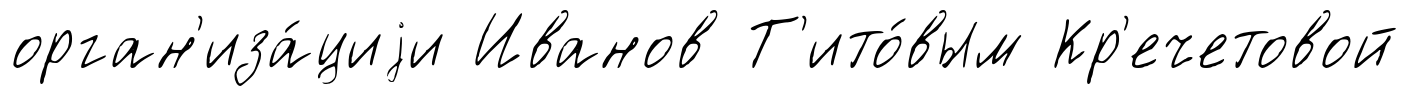
орган'иза́циjи Иванов Т'ито́вым Кр'ечетовой